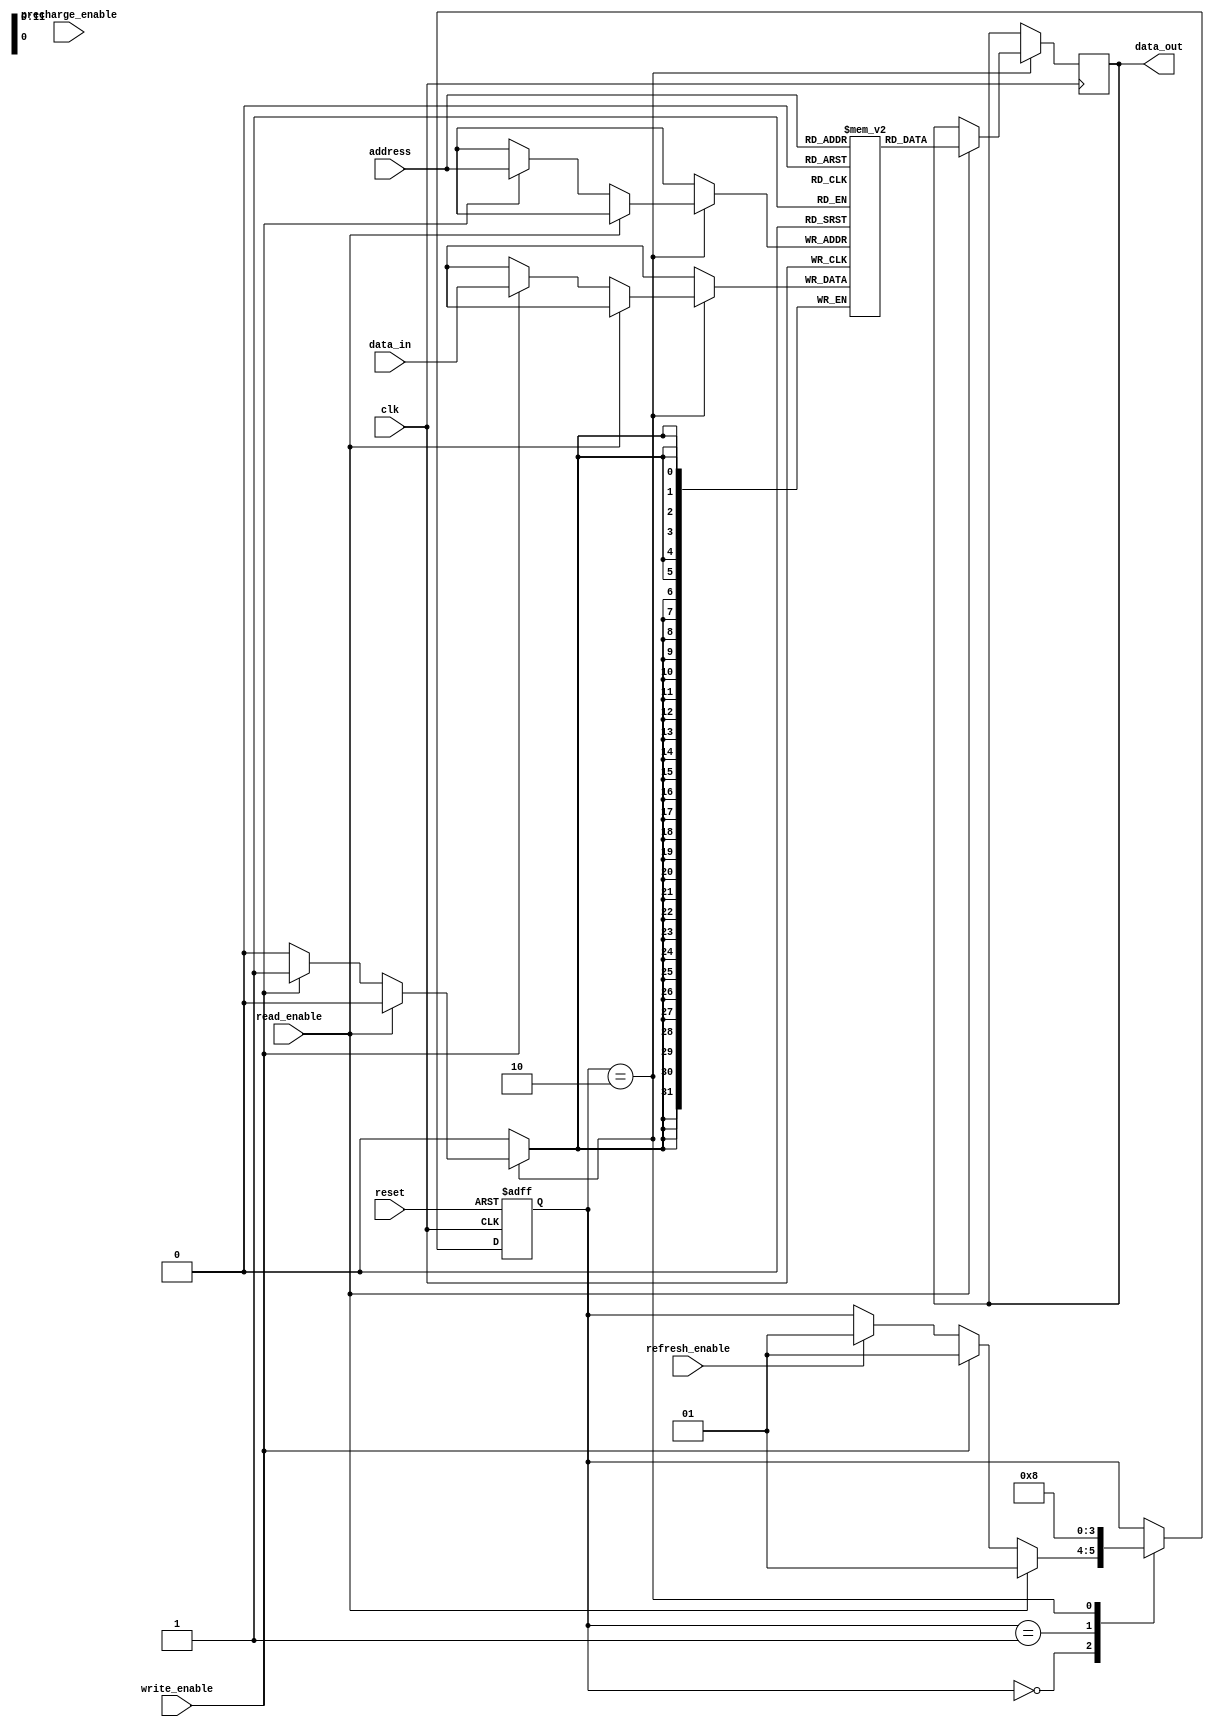
module SDRAM(
    input wire clk,
    input wire reset,
    input wire [11:0] address,
    input wire [31:0] data_in,
    output wire [31:0] data_out,
    input wire write_enable,
    input wire read_enable,
    input wire precharge_enable,
    input wire refresh_enable
);

// Memory array
reg [31:0] memory [0:4095];

// State machine
reg [1:0] state;
parameter IDLE = 2'b00;
parameter ROW_ACTIVATION = 2'b01;
parameter COLUMN_ACCESS = 2'b10;

// Memory timing parameters
parameter ROW_ACTIVATION_TIME = 10;
parameter COLUMN_ACCESS_TIME = 5;
parameter PRECHARGE_TIME = 1;

always @ (posedge clk or posedge reset) begin
    if (reset) begin
        state <= IDLE;
    end else begin
        case (state)
            IDLE: begin
                if (read_enable) begin
                    state <= ROW_ACTIVATION;
                    // Do row activation process
                end else if (write_enable) begin
                    state <= ROW_ACTIVATION;
                    // Do row activation process
                end else if (refresh_enable) begin
                    state <= ROW_ACTIVATION;
                    // Do row activation process
                end
            end
            ROW_ACTIVATION: begin
                // Wait for ROW_ACTIVATION_TIME cycles
                if (ROW_ACTIVATION_TIME) begin
                    state <= COLUMN_ACCESS;
                end
            end
            COLUMN_ACCESS: begin
                // Wait for COLUMN_ACCESS_TIME cycles
                if (COLUMN_ACCESS_TIME) begin
                    state <= IDLE;
                end
            end
        endcase
    end
end

// Memory read/write operations
always @ (posedge clk) begin
    if (state == COLUMN_ACCESS) begin
        if (read_enable) begin
            data_out <= memory[address];
        end else if (write_enable) begin
            memory[address] <= data_in;
        end
    end
end

// Refresh operation
always @ (posedge clk) begin
    if (state == ROW_ACTIVATION && refresh_enable) begin
        // Do refresh operation
    end
end

endmodule